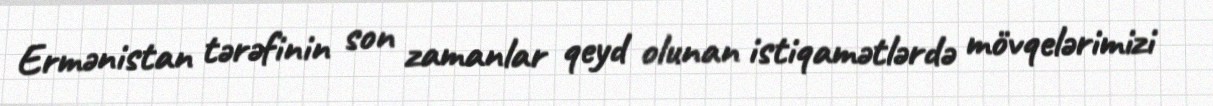
Ermənistan tərəfinin son zamanlar qeyd olunan istiqamətlərdə mövqelərimizi